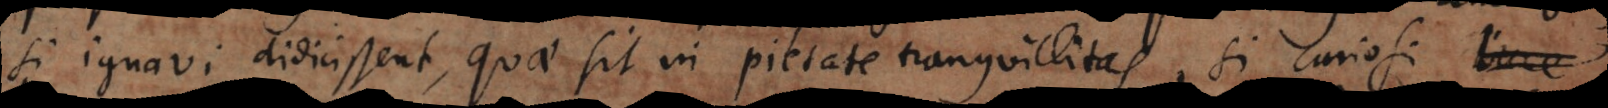
si ignavi didicissent, quae sit in pietate tranquillitas, si curiosi